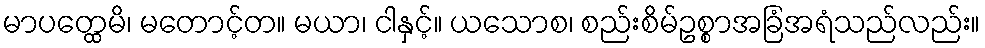
မာပတ္ထေမိ၊ မတောင့်တ။ မယာ၊ ငါနှင့်။ ယသောစ၊ စည်းစိမ်ဥစ္စာအခြံအရံသည်လည်း။